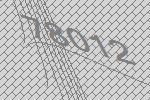
78012